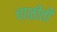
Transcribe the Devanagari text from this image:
चाळीती